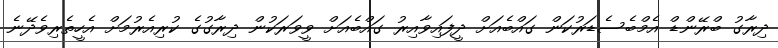
ދިރާގު ބްރޭންޑް އެމްބެސެޑަރުކަން ގައްބެއަށް ދީފައިވާއިރު ގައްބެއަށް ވީވަރަކުން ދިރާގުގެ ކުރިއެރުމަށް އެހީތެރިވެދޭނެ